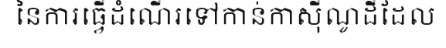
នៃការធ្វើដំណើរទៅកាន់កាស៊ីណូដីដែល